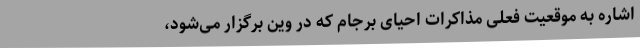
اشاره به موقعیت فعلی مذاکرات احیای برجام که در وین برگزار می‌شود،